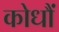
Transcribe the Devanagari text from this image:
कोधौं